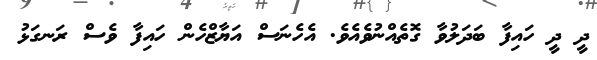
ދީ ދީ ހައިފާ ބަދަލުވާ ގޮތެއްނުވެއެވެ. އެހެނަސް އަޔާޒްހެން ހައިފާ ވެސް ރަނގަޅު